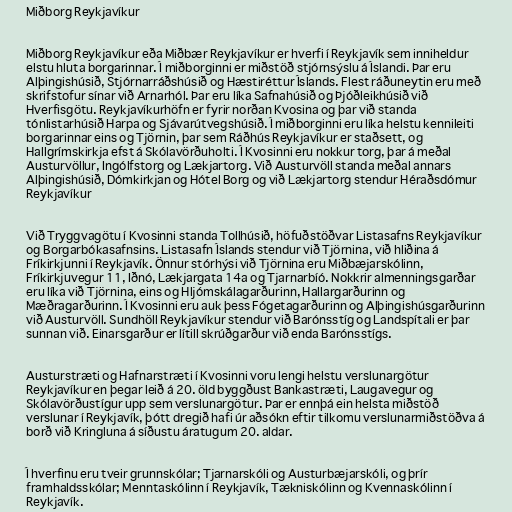
Miðborg Reykjavíkur

Miðborg Reykjavíkur eða Miðbær Reykjavíkur er hverfi í Reykjavík sem inniheldur
elstu hluta borgarinnar. Í miðborginni er miðstöð stjórnsýslu á Íslandi. Þar eru
Alþingishúsið, Stjórnarráðshúsið og Hæstiréttur Íslands. Flest ráðuneytin eru með
skrifstofur sínar við Arnarhól. Þar eru líka Safnahúsið og Þjóðleikhúsið við
Hverfisgötu. Reykjavíkurhöfn er fyrir norðan Kvosina og þar við standa
tónlistarhúsið Harpa og Sjávarútvegshúsið. Í miðborginni eru líka helstu kennileiti
borgarinnar eins og Tjörnin, þar sem Ráðhús Reykjavíkur er staðsett, og
Hallgrímskirkja efst á Skólavörðuholti. Í Kvosinni eru nokkur torg, þar á meðal
Austurvöllur, Ingólfstorg og Lækjartorg. Við Austurvöll standa meðal annars
Alþingishúsið, Dómkirkjan og Hótel Borg og við Lækjartorg stendur Héraðsdómur
Reykjavíkur

Við Tryggvagötu í Kvosinni standa Tollhúsið, höfuðstöðvar Listasafns Reykjavíkur
og Borgarbókasafnsins. Listasafn Íslands stendur við Tjörnina, við hliðina á
Fríkirkjunni í Reykjavík. Önnur stórhýsi við Tjörnina eru Miðbæjarskólinn,
Fríkirkjuvegur 11, Iðnó, Lækjargata 14a og Tjarnarbíó. Nokkrir almenningsgarðar
eru líka við Tjörnina, eins og Hljómskálagarðurinn, Hallargarðurinn og
Mæðragarðurinn. Í Kvosinni eru auk þess Fógetagarðurinn og Alþingishúsgarðurinn
við Austurvöll. Sundhöll Reykjavíkur stendur við Barónsstíg og Landspítali er þar
sunnan við. Einarsgarður er lítill skrúðgarður við enda Barónsstígs.

Austurstræti og Hafnarstræti í Kvosinni voru lengi helstu verslunargötur
Reykjavíkur en þegar leið á 20. öld byggðust Bankastræti, Laugavegur og
Skólavörðustígur upp sem verslunargötur. Þar er ennþá ein helsta miðstöð
verslunar í Reykjavík, þótt dregið hafi úr aðsókn eftir tilkomu verslunarmiðstöðva á
borð við Kringluna á síðustu áratugum 20. aldar.

Í hverfinu eru tveir grunnskólar; Tjarnarskóli og Austurbæjarskóli, og þrír
framhaldsskólar; Menntaskólinn í Reykjavík, Tækniskólinn og Kvennaskólinn í
Reykjavík.